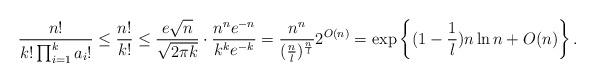
LaTeX: \begin{align*} \frac{n!}{k! \prod_{i=1}^{k}a_i!} \le \frac{n!}{k!} \le \frac{e \sqrt n}{\sqrt{2\pi k}} \cdot \frac{n^n e^{-n}}{k^k e^{-k}} = \frac{n^n}{(\frac n l)^{\frac n l}}2^{O(n)} = \exp \left \{(1 - \frac 1 l)n \ln n + O(n)\right\}. \end{align*}